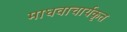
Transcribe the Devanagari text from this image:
माधवाचार्यकृत